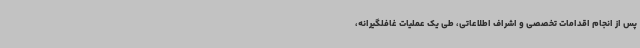
پس از انجام اقدامات تخصصی و اشراف اطلاعاتی، طی یک عملیات غافلگیرانه،